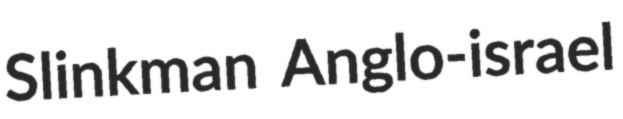
Slinkman Anglo-israel